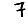
Digit: 7